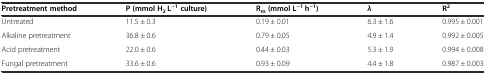
<table><thead><tr><td><b>Pretreatment method</b></td><td><b>P (mmol H<sub>2</sub> L<sup>−1</sup>culture)</b></td><td><b>R<sub>m</sub>(mmol L<sup>−1</sup> h<sup>−1</sup>)</b></td><td><b><i>λ</i></b></td><td><b>R<sup>2</sup></b></td></tr></thead><tbody><tr><td>Untreated</td><td>11.5 ± 0.3</td><td>0.19 ± 0.01</td><td>6.3 ± 1.6</td><td>0.995 ± 0.001</td></tr><tr><td>Alkaline pretreatment</td><td>36.8 ± 0.6</td><td>0.79 ± 0.05</td><td>4.9 ± 1.4</td><td>0.992 ± 0.005</td></tr><tr><td>Acid pretreatment</td><td>22.0 ± 0.6</td><td>0.44 ± 0.03</td><td>5.3 ± 1.9</td><td>0.994 ± 0.008</td></tr><tr><td>Fungal pretreatment</td><td>33.6 ± 0.6</td><td>0.93 ± 0.09</td><td>4.4 ± 1.8</td><td>0.987 ± 0.003</td></tr></tbody></table>